Vaccination Hyderabad 1890-1903 - 1890-1903
Year: 1890
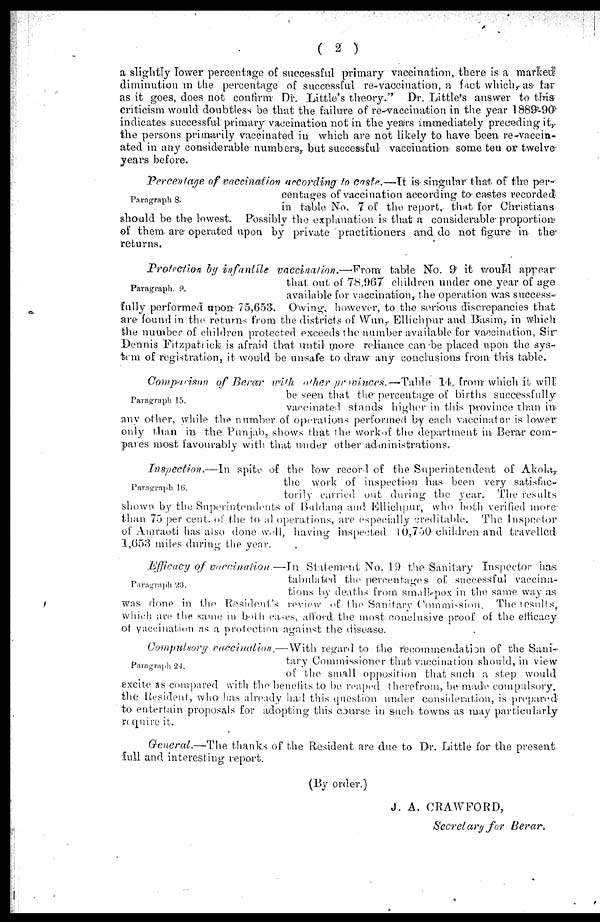
( 2 )
a slightly lower percentage of successful primary vaccination, there is a marked
diminution in the percentage of successful re-vaccination, a fact which, as far
as it goes, does not confirm Dr. Little's theory." Dr. Little's answer to this
criticism would doubtless be that the failure of re-vaccination in the year 1889-90
indicates successful primary vaccination not in the years immediately preceding it,
the persons primarily vaccinated in which are not likely to have been re-vaccin-
ated in any considerable numbers, but successful vaccination some ten or twelve-
years before.
Paragraph 8.
Percentage of vaccination according to caste.—It is-singular that of the per-
centages of vaccination according to castes recorded
in table No. 7 of the report, that for Christians
should be the lowest. Possibly the explanation is that a considerable proportion
of them are operated upon by private practitioners and do not figure in the¬
returns.
Paragraph. 9.
Protection by infantile vaccination.—From
table No. 9 it would appear
that out of 78,967 children under one year of age
available for vaccination, the operation was success-
fully performed upon 75,653. Owing, however, to the serious discrepancies that
are found in the returns from the districts of Wun, Ellichpur and Basim, in which
the number of children protected exceeds the number available for vaccination, Sir
Dennis Fitzpatrick is afraid that until more reliance can be placed upon the sys-
tem of registration, it would be unsafe to draw any conclusions from this table.
Paragraph 15.
Comparison of Berar with other provinces. — Table 14, from which it will
be seen that the percentage of births successfully
vaccinated stands higher in this province than in
any other, while the number of operations performed by each vaccinator is lower
only than in the Punjab, shows that the work of the department in? Berar com-
pares most favourably with that under other administrations.
Paragraph 16.
Inspection.—In
spite of the low record of the Superintendent of Akola,
the work of inspection has been very satisfac-
torily carried out during the year. The results
shown by the Superintendents of Buldana and Ellichpur, who both verified more-
than 75 per cent. of the total operations, are especially creditable. The Inspector
of Amraoti has also done well, having inspected 10,750 children and travelled
1,653 miles during the year.
Paragraph 23.
Efficacy of vaccination.—In
Statement No. 19 the Sanitary Inspector has
tabulated the percentages of successful vaccina-
tions by deaths from small-pox in the same way as
was done in the Resident's review of the Sanitary Commission. The results,
which are the same in both cases, afford the most conclusive proof of the efficacy
of vaccination as a protection against the disease.
Paragraph 24.
Compulsory vaccination.—With
regard to the recommendation of the Sani-
tary Commissioner that vaccination should, in view
of the small opposition that such a step would
excite as compared with the benefits to be reaped therefrom, be made compulsory.
the Resident, who has already had this question under consideration, is prepared
to entertain proposals for adopting this course in such towns as may particularly
require it.
General.—The thanks of the Resident are due to Dr. Little for the present
full and interesting report.
(By order.)
J. A. CRAWFORD,
Secretary for
Berar.